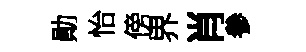
勛怡傍界肖參